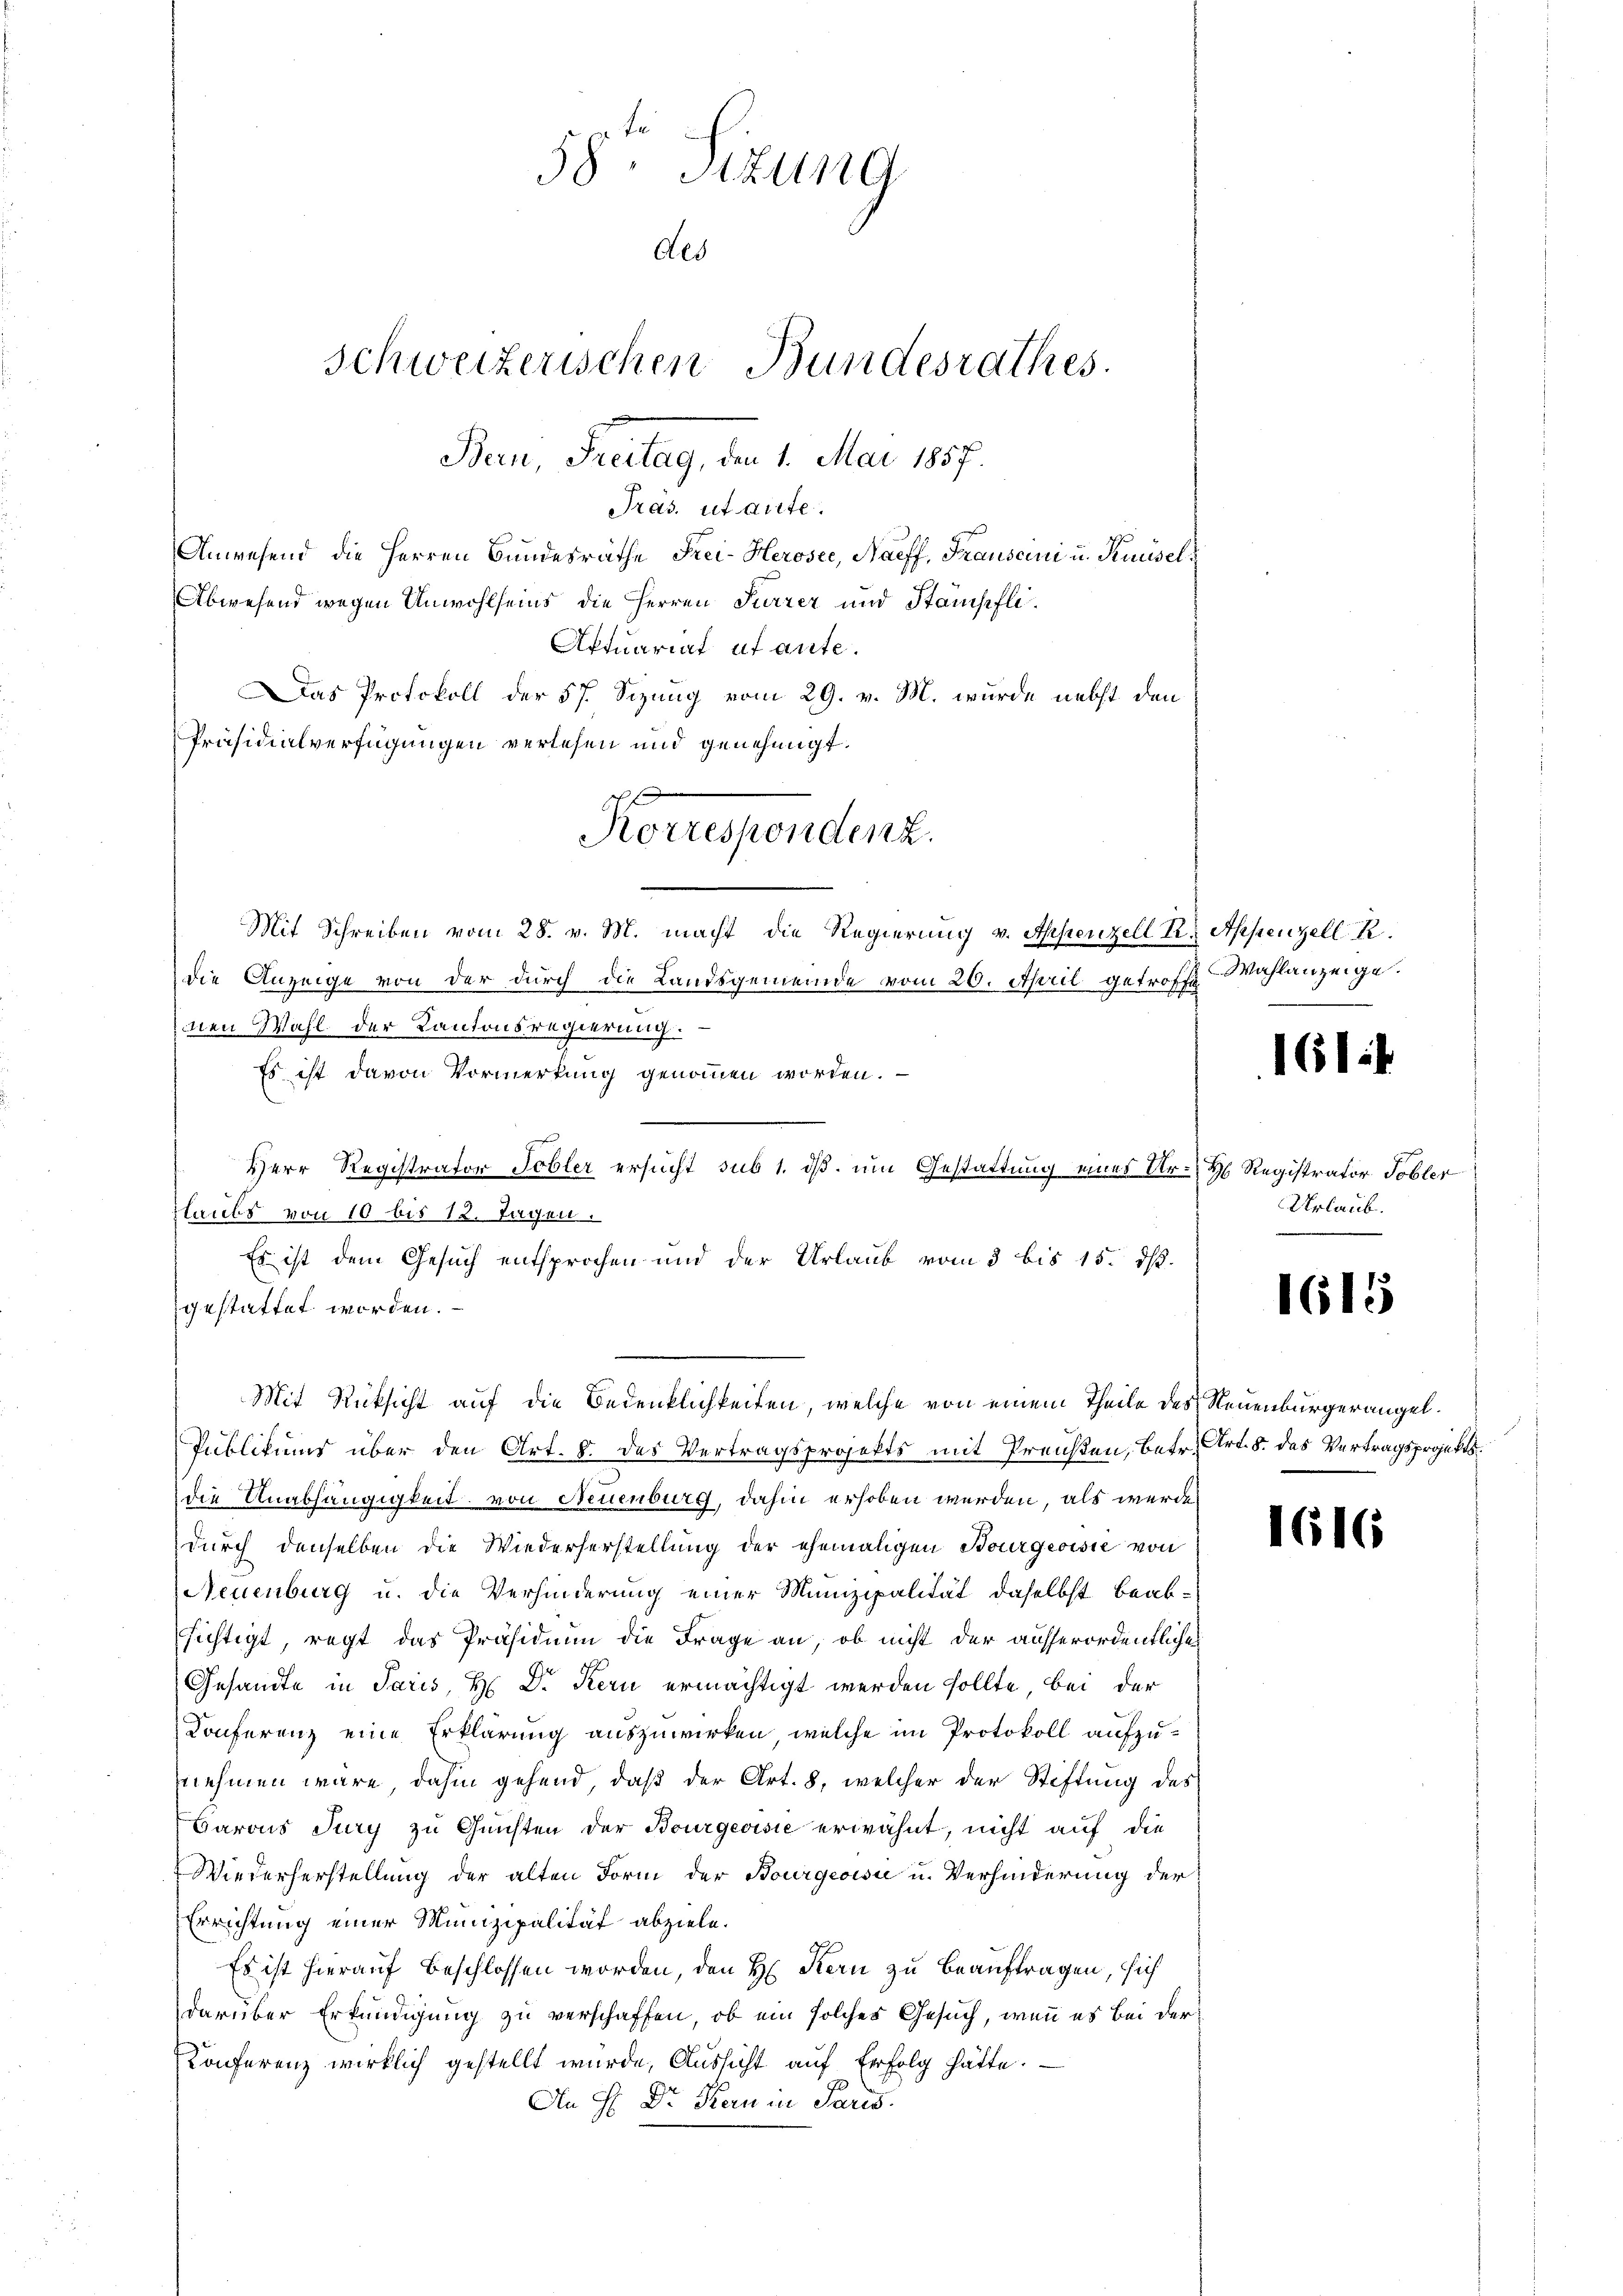
58. Sizung
des
Schweizerischen Bundesrathes.
Bern, Freitag, den 1. Mai 1857.

Pras. utante.
Anwesend die Herren Bundesräthe Frei-Heroser, Naeff, Frausani u. Knüsel¬
Abwesend wegen Unwohlseins die Herren Furrer und Stampfli¬
Aktuariat et ante.
as Protokoll der 57. Sizung vom 29. v. M. wurde nebst den
Präsidialverfügungen verlesen und genehmigt.
Mit Schreiben vom 28. v. M. macht die Regierung v. Appenzell R. Appenzell R.
die Anzeige von der durch die Landsgemeinde vom 20. April getroffe Wahlanzeige.
mnen Wahl der Kantonsregierung.
Es ist davon Vormerkung genommen worden.

Herr Registrator Tobler ersucht sub 1. dß, um Gestattung eines Ur- H. Registrator Tobler
laubs von 10 bis 12. Tagen.
Es ist dem Gesuch entsprochen und der Urlaub vom 3 bis 15. ds.
gestattet worden.
Mit Rücksicht auf die Bedenklichkeiten, welche von einem Theile des Neuenburgerangel¬
Publikums über den Art. 8. des Vertragsprojekts mit Preußen, betr. Art. 8. des Vertragsprojektsdie Anabhängigkeit, von Neuenburg, dahin erhoben werden, als werde
durch denselben die Wiederherstellung der ehemaligen Bourgeoisie von
Neuenburg u. die Verhinderung einer Munizipalität daselbst beabsichtigt, regt das Präsidium die Frage an, ob nicht der ausserordentlichen
Gesandte in Paris, H. Dr. Kern ermächtigt werden sollte, bei der
Konferenz eine Erklärung auszuwirken, welche im Protokoll aufzunehmen wäre dahin gehend, daß der Art. 8, welcher der Stiftung des
Barons Jury zu Gunsten der Bourgeoisie erwähnt, nicht auf die
Wiederherstellung der alten Form der Bourgeoisi u. Verhinderung der
Errichtung einer Munizipalität abziele.
Es ist hierauf beschlossen worden, den H. Kern zu beauftragen, sich
darüber Erkundigung zu verschaffen, ob ein solches Gesuch, wenn es bei der
Konferenz wirklich gestellt wurde, Aussicht auf Erfolg hätte.
An H. Dr. Kern in Paris.

Korrespondenz.

1614

Urlaub.

1615

1616